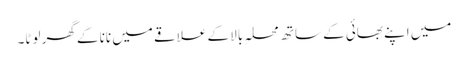
میں اپنے بھائی کے ساتھ محلہِ بالا کے علاقے میں نانا کے گھر لوٹا۔